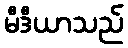
မီဒီယာသည်